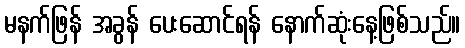
မနက်ဖြန် အခွန် ပေးဆောင်ရန် နောက်ဆုံးနေ့ဖြစ်သည်။